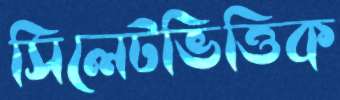
সিলেটভিত্তিক